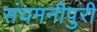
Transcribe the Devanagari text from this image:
संयमनीपुरी